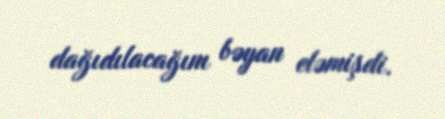
dağıdılacağını bəyan eləmişdi.